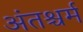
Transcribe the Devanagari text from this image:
अंतश्चर्म